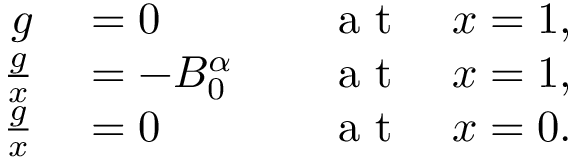
\begin{array} { r l r l } { g } & { { } = 0 } & { } & { { } \mathrm { ~ a ~ t ~ } \quad x = 1 , } \\ { \frac { \d g } { \d x } } & { { } = - B _ { 0 } ^ { \alpha } } & { } & { { } \mathrm { ~ a ~ t ~ } \quad x = 1 , } \\ { \frac { \d g } { \d x } } & { { } = 0 } & { } & { { } \mathrm { ~ a ~ t ~ } \quad x = 0 . } \end{array}